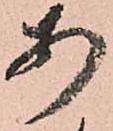
あ